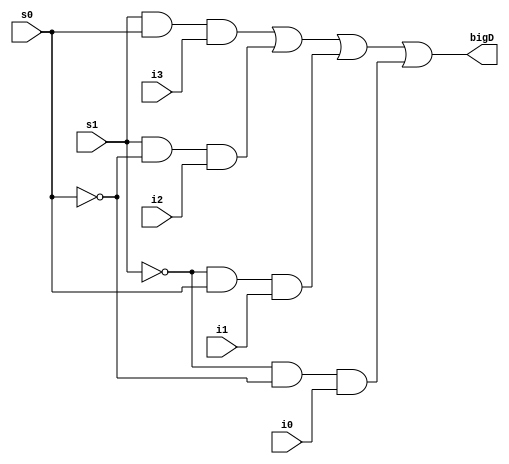
`timescale 1ns / 1ps
//////////////////////////////////////////////////////////////////////////////////
// Company: 
// Engineer: 
// 
// Design Name: 
// Module Name: Mux_structural
// Project Name: 
// Target Devices: 
// Tool Versions: 
// Description: 
// 
// Dependencies: 
// 
// Revision:
// Revision 0.01 - File Created
// Additional Comments:
// 
//////////////////////////////////////////////////////////////////////////////////


module Mux_structural(
    input s1,
    input s0,
    input i3,
    input i2,
    input i1,
    input i0,
    output bigD
    );
    
    // Defining wires for the s1 s0 signals 
    wire s1_not, s0_not;
    // Define wires for those and outputs 
    wire d3, d2, d1, d0;
    // Let us make some not gates for them s1 s0 signals
    not n1 (s1_not, s1);
    not n0 (s0_not, s0);
    
    // Make some of them AND gates as per my schema
    and g3 (d3, s1, s0, i3);
    and g2 (d2, s1, s0_not, i2);
    and g1 (d1, s1_not, s0, i1);
    and g0 (d0, s1_not, s0_not, i0);
    
    // Make all the and gates output to the OR gate as per my SCHEM
    or bigG (bigD, d3, d2, d1, d0);
    
    
endmodule